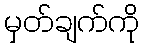
မှတ်ချက်ကို